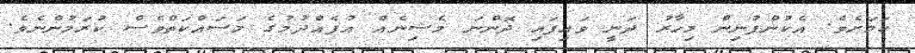
ކަމަށެވެ. އެކުންފުނިން މިހާރު ދަނީ ވައިފައި ދޮންނަ މެޝިނެއް އުފެއްދުމުގެ މަސައްކަތްވެސް ކުރަމުންނެވެ.